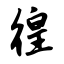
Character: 徨